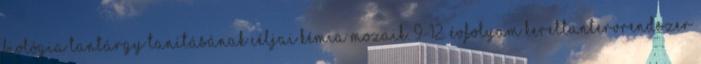
biológia tantárgy tanításának céljai KÉMIA MOZAIK. 9-12. évfolyam KERETTANTERVRENDSZER